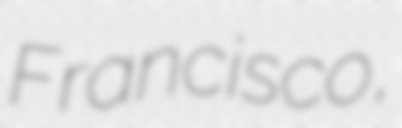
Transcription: Francisco,